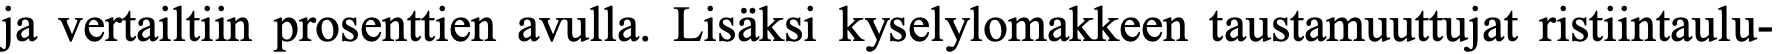
ja vertailtiin prosenttien avulla. Lisäksi kyselylomakkeen taustamuuttujat ristiintaulu-